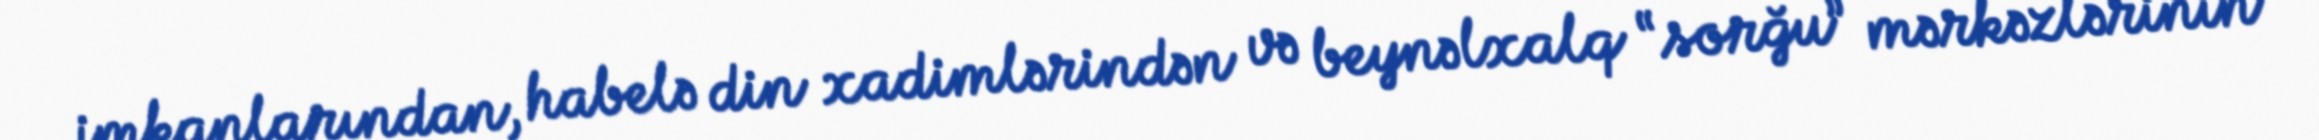
imkanlarından, habelə din xadimlərindən və beynəlxalq “sorğu” mərkəzlərinin